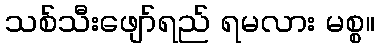
သစ်သီးဖျော်ရည် ရမလား မစ္စ။